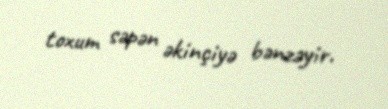
toxum səpən əkinçiyə bənzəyir.